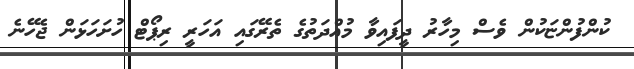
ކުންފުންޏަކުން ވެސް މިހާރު ދީފައިވާ މުއްދަތުގެ ތެރޭގައި އަހަރީ ރިޕޯޓް ހުށަހަޅަން ޖެހޭނެ